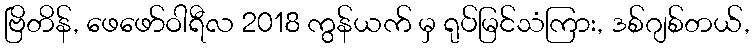
ဗြိတိန်, ဖေဖော်ဝါရီလ 2018 ကွန်ယက် မှ ရုပ်မြင်သံကြား, ဒစ်ဂျစ်တယ်,